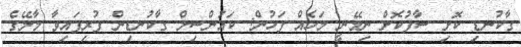
ގާކުނޑި ކޮށި ސާފުކޮށް ނިމޭނީ މަހެއް ފަހުން: ކައުންސިލް ގާކުނޑިން ފުރިފައިވާ މާލޭގެ